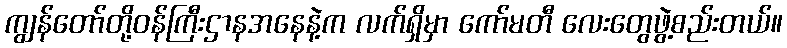
ကျွန်တော်တို့ဝန်ကြီးဌာနအနေနဲ့က လက်ရှိမှာ ကော်မတီ လေးတွေဖွဲ့စည်းတယ်။